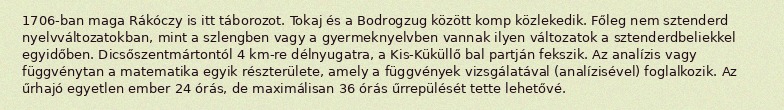
1706-ban maga Rákóczy is itt táborozot. Tokaj és a Bodrogzug között komp közlekedik. Főleg nem sztenderd nyelvváltozatokban, mint a szlengben vagy a gyermeknyelvben vannak ilyen változatok a sztenderdbeliekkel egyidőben. Dicsőszentmártontól 4 km-re délnyugatra, a Kis-Küküllő bal partján fekszik. Az analízis vagy függvénytan a matematika egyik részterülete, amely a függvények vizsgálatával (analízisével) foglalkozik. Az űrhajó egyetlen ember 24 órás, de maximálisan 36 órás űrrepülését tette lehetővé.